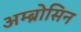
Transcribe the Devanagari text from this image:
अम्ब्रोसिन